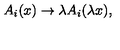
A _ { i } ( x ) \rightarrow \lambda A _ { i } ( \lambda x ) ,